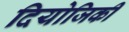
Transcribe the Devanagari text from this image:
दियोजिकी